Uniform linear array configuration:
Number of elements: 64
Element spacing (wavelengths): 0.25
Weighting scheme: hann
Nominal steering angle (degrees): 45
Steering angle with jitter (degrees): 43.252
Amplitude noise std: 0.05
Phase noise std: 0.05

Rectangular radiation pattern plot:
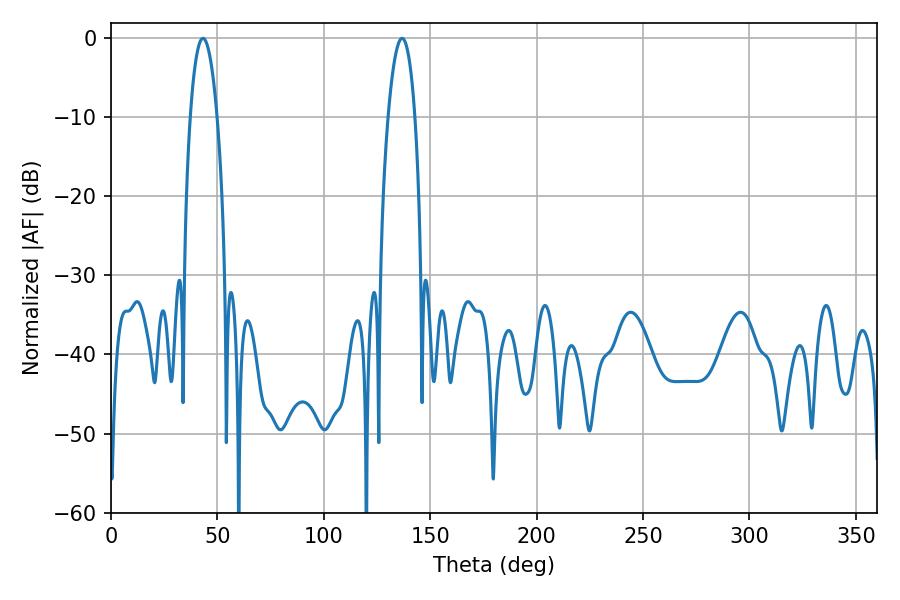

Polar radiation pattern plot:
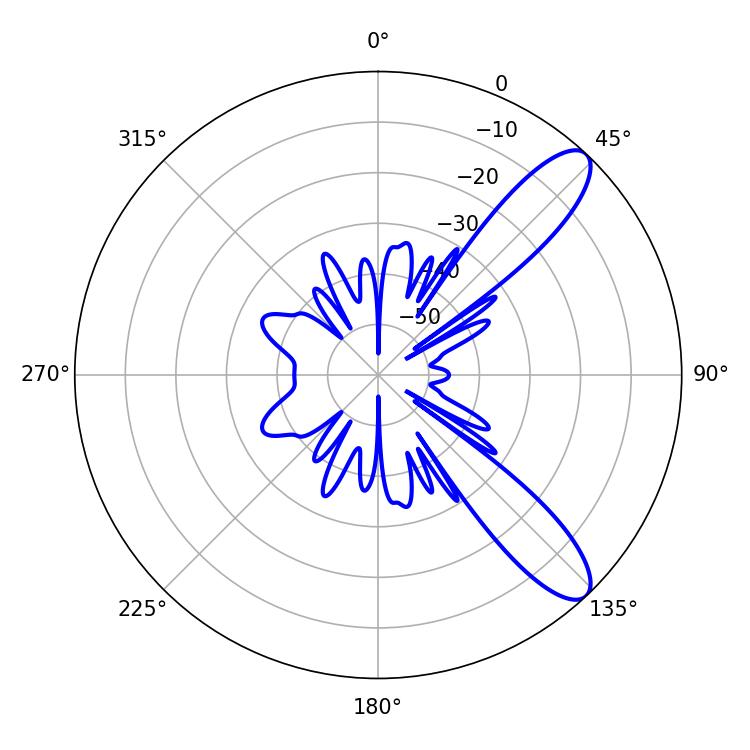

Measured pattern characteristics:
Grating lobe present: FALSE
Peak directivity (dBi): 10.459
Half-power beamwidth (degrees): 7.02
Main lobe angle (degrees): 43.2